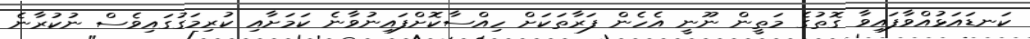
ކަނޑައަޅުއްވާފައިވާ ގޮތުގެ މަތީން ނޫނީ އެހެން ފަރާތަކަށް ހިއްސާކޮށްފައިނުވާނެ ކަމަށާއި ކުރިމަގުގައިވެސް ނުކުރާނެ